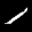
Label: 1